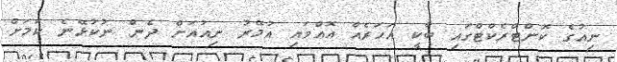
ނިއުގެ ކޮންޓްރެކްޓްގައި ބާކީ އަހަރެއް އޮއްވައި އުމޭރު ނިއުއަށް ދެން ނުކުޅޭނެ ކަމަށް